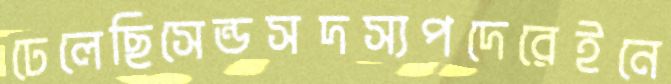
ঢেলেছিসেন্ডসদস্যপদেরেইনে